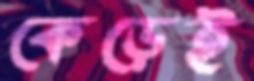
কেড়েই